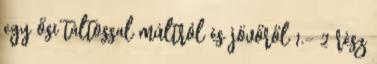
egy ősi táltossal múltról és jövőről 1.- 2 rész